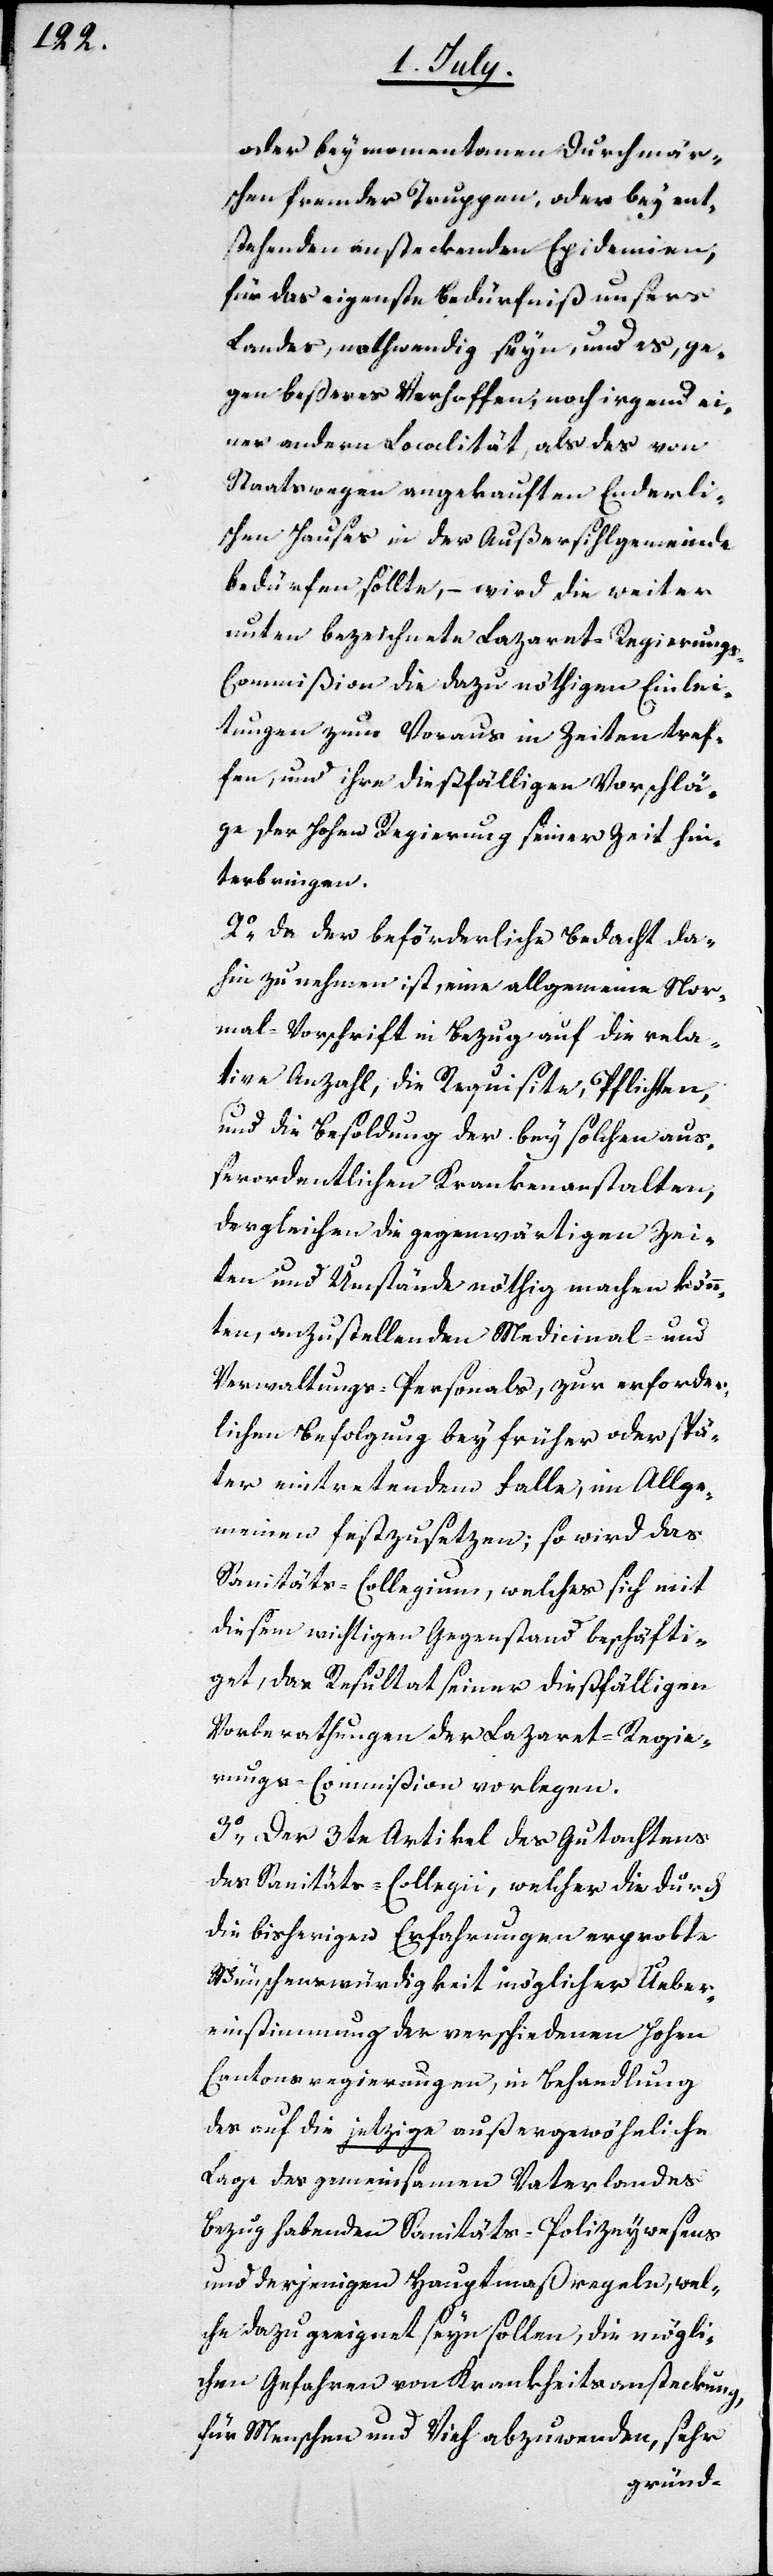
oder bey momentanen Durchmär¬
schen fremder Truppen, oder bey ent¬
stehenden ansteckenden Epidemien,
für das eigenste Bedürfniß unsers
Landes, nothwendig seye, und es, ge¬
gen beßeres Verhoffen, noch irgend ei¬
ner andern Localität, als des von
Staatswegen angekauften Enderli¬
schen Hauses in der Außersihlgemeinde
bedürfen sollte, – wird die weiter
unten bezeichnete Lazaret-Regierung¬
s-Commißion die dazu nöthigen Einlei¬
tungen zum Voraus in Zeiten tref¬
fen, und ihre dießfälligen Vorschlä¬
ge der Hohen Regierung seiner Zeit hin¬
terbringen.
2o Da der beförderliche Bedacht da¬
hin zu nehmen ist, eine allgemeine Nor¬
mal-Vorschrift in Bezug auf die rela¬
tive Anzahl, die Requisite, Pflichten,
und die Besoldung der bey solchen auß¬
erordentlichen Krankenanstalten,
dergleichen die gegenwärtigen Zei¬
ten und Umstände nöthig machen könn¬
ten, anzustellenden Medicinal- und
Verwaltungs-Personals, zur erforder¬
lichen Befolgung bey früher oder spä¬
ter eintretendem Falle, im Allge¬
meinen festzusetzen; so wird das
Sanitäts-Collegium, welches sich mit
diesem wichtigen Gegenstand beschäfti¬
get, das Resultat seiner dießfälligen
Vorberathungen der Lazaret-Regie¬
rungs-Commißion vorlegen.
3o Der 3te Artikel des Gutachtens
des Sanitäts-Collegii, welcher die durch
die bisherigen Erfahrungen erprobte
Wünschenswürdigkeit möglicher Über¬
einstimmung der verschiedenen Hohen
Cantonsregierungen, in Behandlung
des auf die jetzige außergewöhnliche
Lage des gemeinsamen Vaterlandes
Bezug habenden Sanitäts-Polizeywesens
und derjenigen Hauptmaaßregeln, wel¬
che dazu geeignet seyn sollen, die mögli¬
chen Gefahren von Krankheitsansteckung,
für Menschen und Vieh abzuwenden, sehr